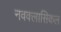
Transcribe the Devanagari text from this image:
नवक्लासिकल